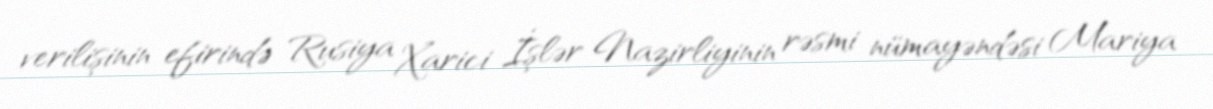
verilişinin efirində Rusiya Xarici İşlər Nazirliyinin rəsmi nümayəndəsi Mariya